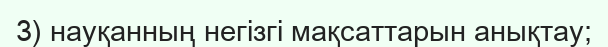
3) науқанның негізгі мақсаттарын анықтау;